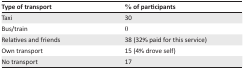
<table><thead><tr><td><b>Type of transport</b></td><td><b>% of participants</b></td></tr></thead><tbody><tr><td>Taxi</td><td>30</td></tr><tr><td>Bus/train</td><td>0</td></tr><tr><td>Relatives and friends</td><td>38 (32% paid for this service)</td></tr><tr><td>Own transport</td><td>15 (4% drove self)</td></tr><tr><td>No transport</td><td>17</td></tr></tbody></table>